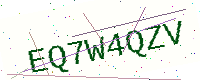
Text: EQ7W4QZV